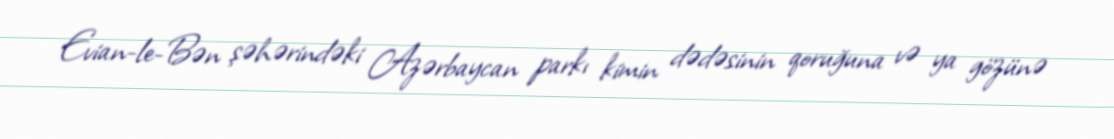
Evian-le-Bən şəhərindəki Azərbaycan parkı kimin dədəsinin qoruğuna və ya gözünə